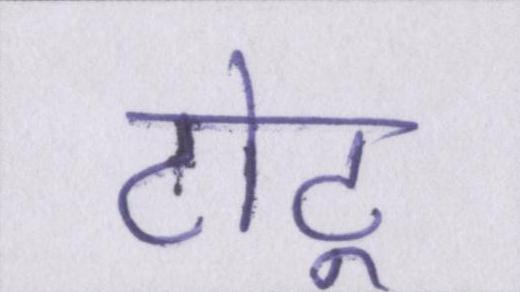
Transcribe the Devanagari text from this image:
टोटू